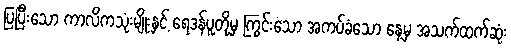
ပြပြီးသော ကာလိကသုံးမျိုးနှင့် ရေဒန်ပူတို့မှ ကြွင်းသော အကပ်ခံသော နေ့မှ အသက်ထက်ဆုံး